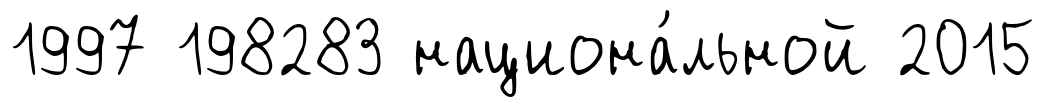
1997 198283 национа́льной 2015